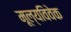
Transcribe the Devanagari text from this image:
मूल्यविवेक